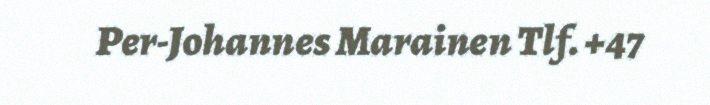
Per-Johannes Marainen Tlf. +47